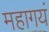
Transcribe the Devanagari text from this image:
महागयं